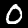
Label: 0